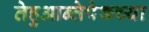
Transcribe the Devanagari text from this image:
तेहुआन्तेपेकच्या